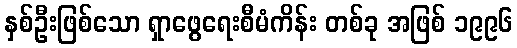
နှစ်ဦးဖြစ်သော ရှာဖွေရေးစီမံကိန်း တစ်ခု အဖြစ် ၁၉၉၆